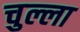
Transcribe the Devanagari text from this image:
चुल्ला